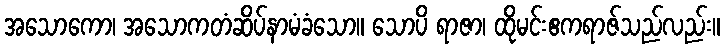
အသောကော၊ အသောကတံဆိပ်နာမံခံသော။ သောပိ ရာဇာ၊ ထိုမင်းဧကရာဇ်သည်လည်း။